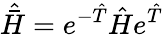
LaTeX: \hat{\bar{H}}=e^{-\hat{T}}\hat{H}e^{\hat{T}}